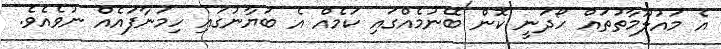
އެ މައުލޫމާތުތައް ހޯދަނީ ކޮން ބޭނުމެއްގައި ކަމެއް އެ ބަޔާނުގައި ހިމަނާފައެއް ނުވެއެވެ.